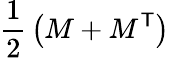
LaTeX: {\frac{1}{2}}\left(M+M^{\textsf{T}}\right)